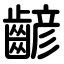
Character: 齴